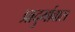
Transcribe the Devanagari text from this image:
प्रादुर्भावास